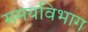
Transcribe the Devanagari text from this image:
समयविभाग